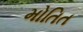
મોતિત